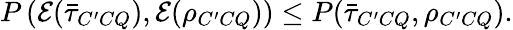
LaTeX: \begin{array}{r}{P\left(\mathcal{E}(\bar{\tau}_{C^{\prime}CQ}),\mathcal{E}(\rho_{C^{\prime}CQ})\right)\leq P(\bar{\tau}_{C^{\prime}CQ},\rho_{C^{\prime}CQ}).}\end{array}